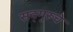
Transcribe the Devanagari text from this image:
सद्‌गुरूचे